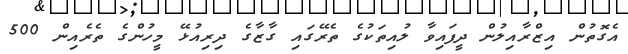
އެގޮތުން އިޒްރާއިލުން ދީފައިވާ ލުއިތަކުގެ ތެރޭގައި ގާޒާގެ ދިރިއުޅޭ މީހުންގެ ތެރެއިން 500